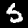
Label: 5